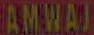
AMWAJ